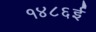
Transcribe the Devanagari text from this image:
१४८६ई